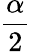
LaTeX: \frac{\alpha}{2}